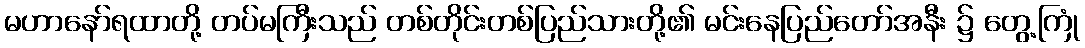
မဟာနော်ရထာတို့ တပ်မကြီးသည် တစ်တိုင်းတစ်ပြည်သားတို့၏ မင်းနေပြည်တော်အနီး ၌ တွေ့ကြုံ